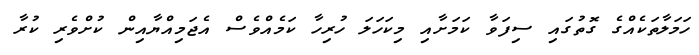
ހަމަލާތަކެއްގެ ގޮތުގައި ސިފަވާ ކަމަށާއި މިކަހަލަ ހުރިހާ ކަމެއްވެސް އެޖަމިއްޔާއިން ކުށްވެރި ކުރާ